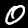
Label: 0